Subject: cs
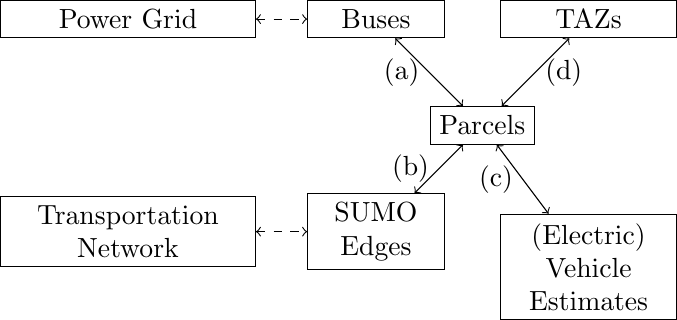
LaTeX code:
  \begin{tikzpicture}[scale=0.9]
    \node[draw, text width=3cm, text centered] (tnet) at (0,-0.5) {Transportation\\Network};
    \node[draw, text width=3cm, text centered] (pg) at (0,2.5) {Power Grid};
    \node[draw, text width=1.5cm, text centered] (buses) at (3.5,2.5) {Buses};
    \node[draw, text width=1.5cm, text centered] (edges) at (3.5,-0.5) {SUMO Edges};
    \node[draw] (parcels) at (5,1) {Parcels};
    \node[draw, text width=2cm, text centered] (taz) at (6.5,2.5) {TAZs};
    \node[draw, text width=2cm, text centered ] (veh) at (6.5,-1) {(Electric) Vehicle\\Estimates};

    \draw[<->, dashed] (tnet) --(edges);
    \draw[<->, dashed] (pg) --(buses);
    \draw[<->] (buses) -- node[left] {(a)} (parcels);
    \draw[<->] (edges) -- node[left] {(b)} (parcels);
    \draw[<->] (taz) -- node[right] {(d)} (parcels);
    \draw[<->] (veh) -- node[left] {(c)} (parcels);

    \end{tikzpicture}